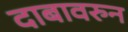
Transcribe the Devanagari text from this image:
दाबावरुन